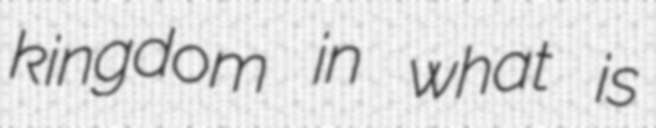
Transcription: kingdom in what is